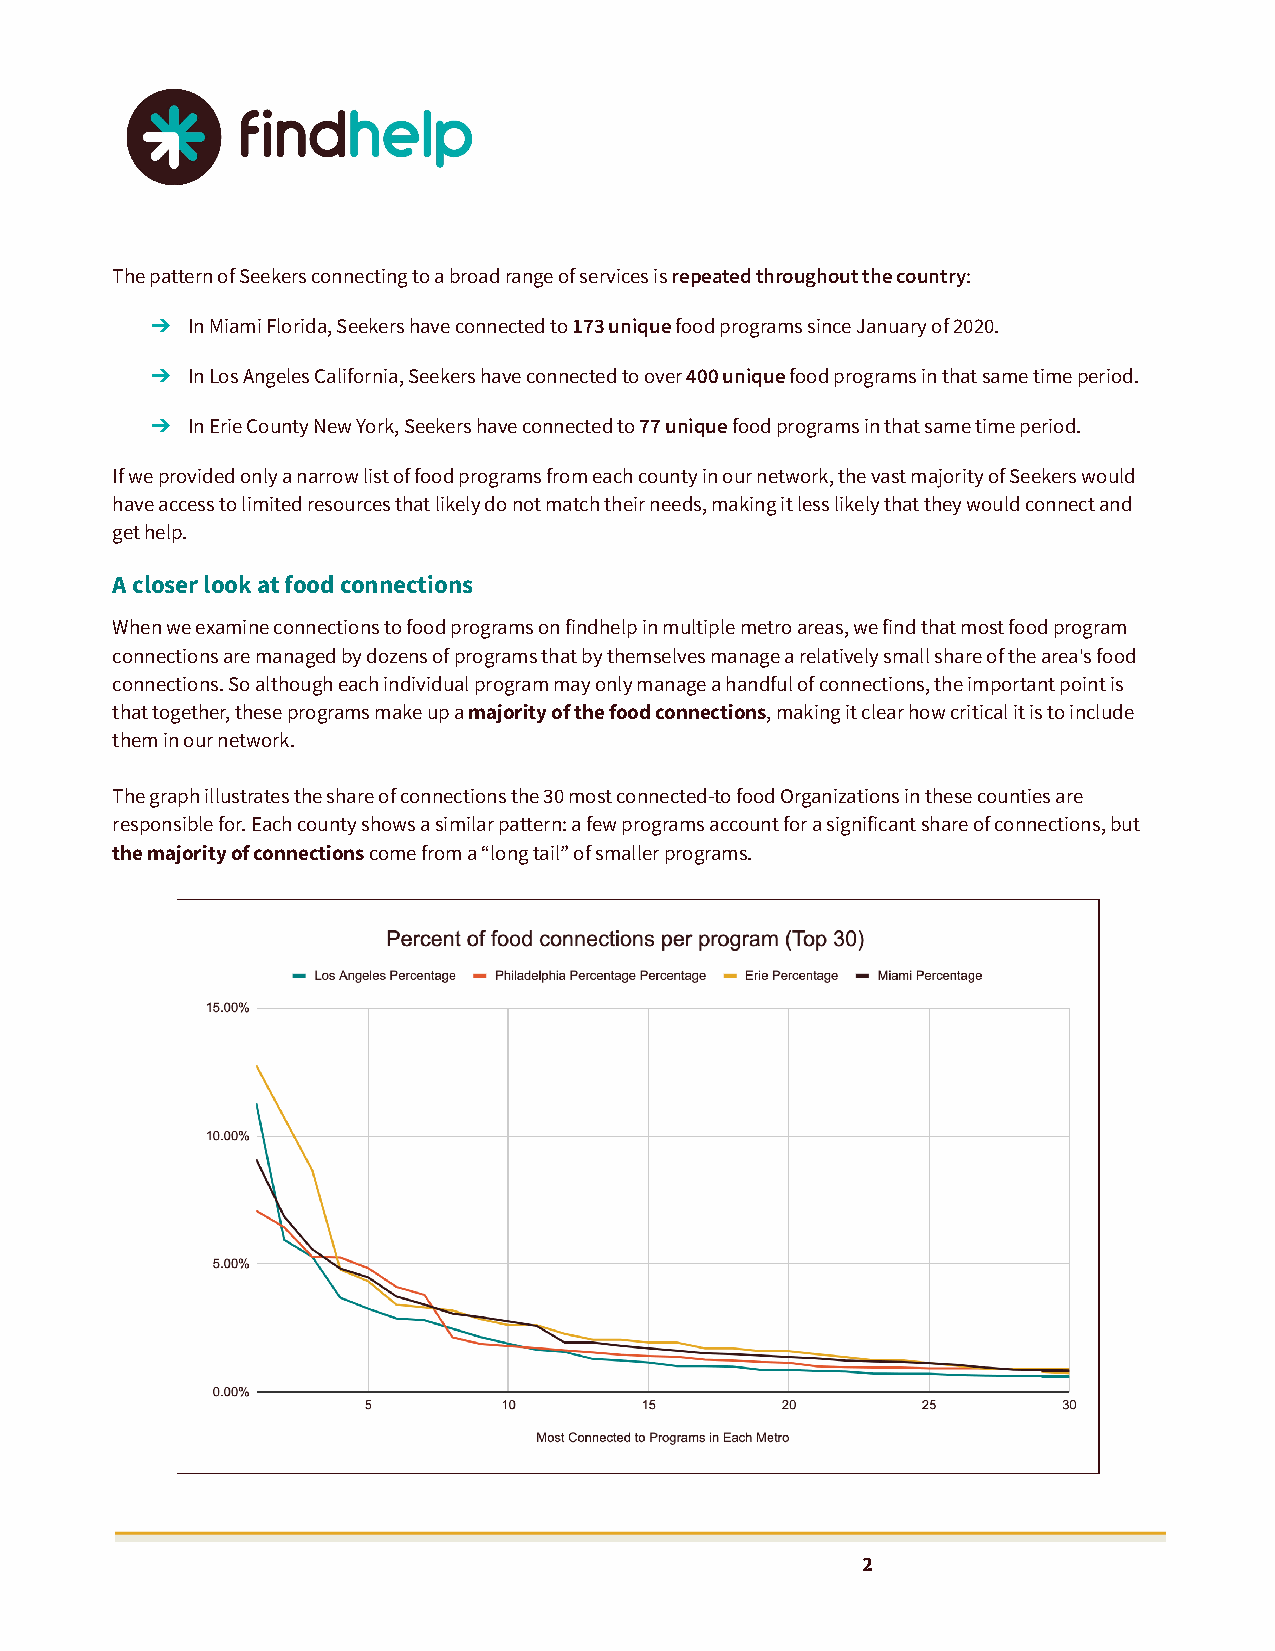
The pattern of Seekers connecting to a broad range of services isrepeated throughout the country:
 ➔ In Miami Florida, Seekers have connected to173 uniquefood programs since January of 2020.
 ➔ In Los Angeles California, Seekers have connected to over400 uniquefood programs in that same timeperiod.
 ➔ In Erie County New York, Seekers have connected to77 uniquefood programs in that same time period.
 If we provided only a narrow list of food programs from each county in our network, the vast majority of Seekers would
 have access to limited resources that likely do not match their needs, making it less likely that they would connect and
 get help.
 A closer look at food connections
 When we examine connections to food programs on findhelp in multiple metro areas, we find that most food program
 connections are managed by dozens of programs that by themselves manage a relatively small share of the area's food
 connections. So although each individual program may only manage a handful of connections, the important point is
 that together, these programs make up amajority ofthe food connections, making it clear how criticalit is to include
 them in our network.
 The graph illustrates the share of connections the 30 most connected-to food Organizations in these counties are
 responsible for. Each county shows a similar pattern: a few programs account for a significant share of connections, but
 the majority of connectionscome from a “long tail”of smaller programs.
 2